Civil Veterinary Department Bengal reports 1933-51 - 1933-1951
Year: 1933
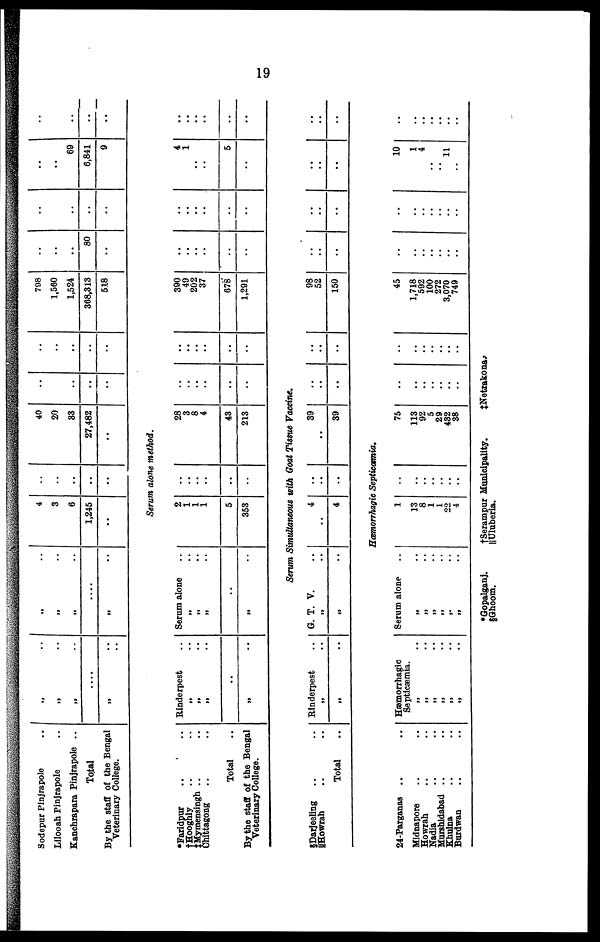
19
Sodepur Pinjrapole ..
Lilooah Pinjrapole ..
Kanchrapara Pinjrapole ..
Total
By the staff of the Bengal
Veterinary College.
„ ..
„ ..
„ ..
....
„ ..
„ ..
„ ..
„ ..
....
„ ..
4
3
6
1,245
..
..
..
..
..
..
40
20
33
27,482
..
..
..
..
..
..
..
..
..
..
..
798
1,560
1,524
368,313
518
..
..
..
80
..
..
..
..
..
..
..
..
69
6,841
9
..
..
..
..
..
Serum alone method.
*Faridpur .. ..
†Hooghly .. ..
‡Mymensingh .. ..
Chittagong .. ..
Total ..
By the staff of the Bengal
Veterinary College.
Rinderpest ..
„ ..
„ ..
„ ..
..
„
..
Serum alone
„ ..
„ ..
„ ..
..
„ ..
2
1
1
1
5
353
..
..
..
..
..
..
28
3
8
4
43
213
..
..
..
..
..
..
..
..
..
..
..
..
390
49
202
37
678
1,291
..
..
..
..
..
..
Serum Simultaneous with Goat Tissue Vaccine.
§Darjeeling .. ..
||Howrah .. ..
Total ..
Rinderpest ..
„ ..
„
..
G. T. V. ..
„ ..
„
..
4
..
4
..
..
..
39
..
39
..
..
..
..
..
..
98
52
150
..
..
..
Hæmorrhagic Septicæmia.
24-Parganas .. ..
Midnapore .. ..
Howrah .. ..
Madia .. ..
Murshidabad .. ..
Khulna .. ..
Burdwan .. ..
Hæmorrhagic
Septicæmia.
„ ..
„ ..
„ ..
„ ..
„ ..
„
..
Serum alone ..
„ ..
„ ..
„
..
„ ..
„
..
„ ..
1
13
8
1
1
22
4
..
..
..
..
..
..
..
75
113
92
5
29
432
38
..
..
..
..
..
..
..
..
..
..
..
..
..
..
45
1,718
592
100
272
3,070
749
..
..
..
..
..
..
..
..
..
..
..
..
..
..
..
..
..
..
..
..
..
..
..
4
1
..
..
5
..
..
..
..
10
1
4
..
..
11
..
..
..
..
..
..
..
..
..
..
..
..
..
.. ..
.. ..
*Gopalganj.
†Serampur Municipality.
‡Netrakona.
§Ghoom.
||Uluberia.